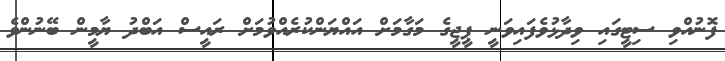
ފޮނުއްވި ސިޓީގައި ވިދާޅުވެފައިވަނީ ޕީޖީގެ މަގާމަށް އައްޔަންކުރެއްވުމަށް ރައީސް އަބްދު ޔާމީން ބޭނުންވެ